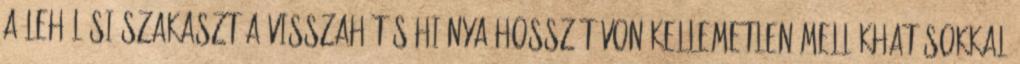
a lehűlési szakaszt A visszahűtés hiánya hosszútávon kellemetlen mellékhatásokkal